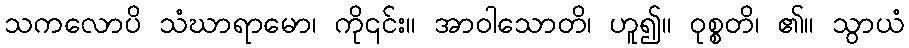
သကလောပိ သံဃာရာမော၊ ကို၎င်း။ အာဝါသောတိ၊ ဟူ၍။ ဝုစ္စတိ၊ ၏။ သွာယံ